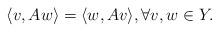
LaTeX: \begin{align*}\langle v,Aw\rangle =\langle w,Av\rangle,\forall v,w\in Y.\end{align*}